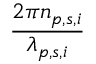
\frac { 2 \pi n _ { p , s , i } } { \lambda _ { p , s , i } }